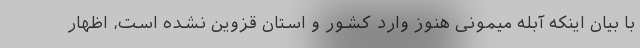
با بیان اینکه آبله میمونی هنوز وارد کشور و استان قزوین نشده است، اظهار